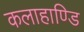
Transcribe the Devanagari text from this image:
कलाहाण्डि